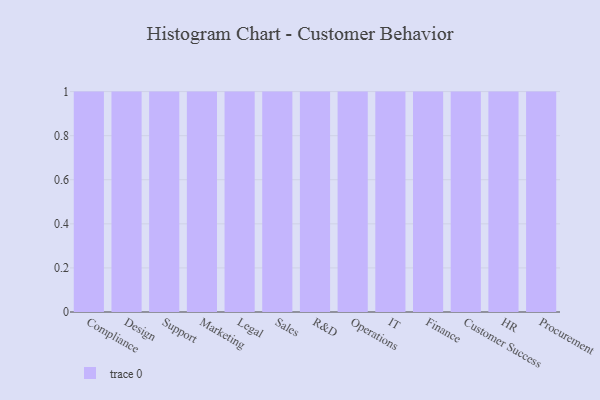
{"axis": {"x": "Department", "y": "Latency (ms)"}, "legend": [""], "data": [{"x": "Compliance", "y": 15, "type": ""}, {"x": "Design", "y": 72, "type": ""}, {"x": "Support", "y": 20, "type": ""}, {"x": "Marketing", "y": 59, "type": ""}, {"x": "Legal", "y": 7, "type": ""}, {"x": "Sales", "y": 54, "type": ""}, {"x": "R&D", "y": 95, "type": ""}, {"x": "Operations", "y": 6, "type": ""}, {"x": "IT", "y": 75, "type": ""}, {"x": "Finance", "y": 28, "type": ""}, {"x": "Customer Success", "y": 37, "type": ""}, {"x": "HR", "y": 32, "type": ""}, {"x": "Procurement", "y": 73, "type": ""}]}